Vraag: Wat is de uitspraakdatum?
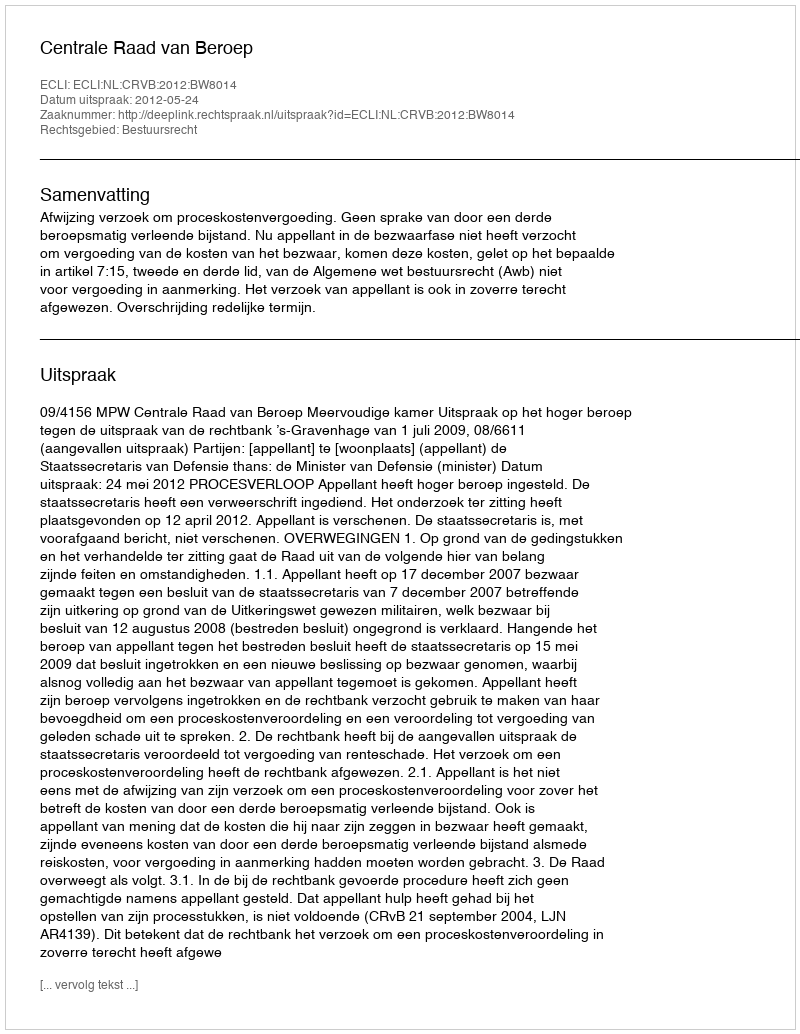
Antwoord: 2012-05-24